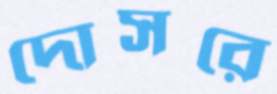
দোসরে